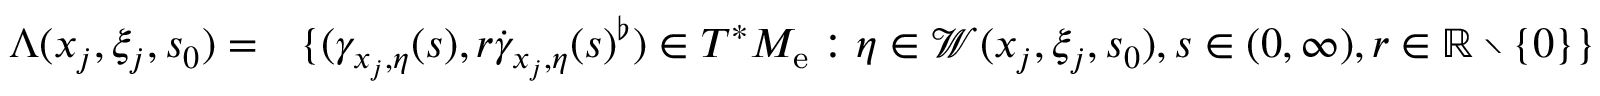
\begin{array} { r l } { \Lambda ( { x _ { j } , \xi _ { j } , s _ { 0 } } ) = } & { \{ ( \gamma _ { x _ { j } , \eta } ( s ) , r \dot { \gamma } _ { x _ { j } , \eta } ( s ) ^ { \flat } ) \in T ^ { * } { M _ { \mathrm { e } } } : \eta \in \mathcal { W } ( { x _ { j } , \xi _ { j } , s _ { 0 } } ) , s \in ( 0 , \infty ) , r \in \mathbb { R } \setminus \{ 0 \} \} } \end{array}